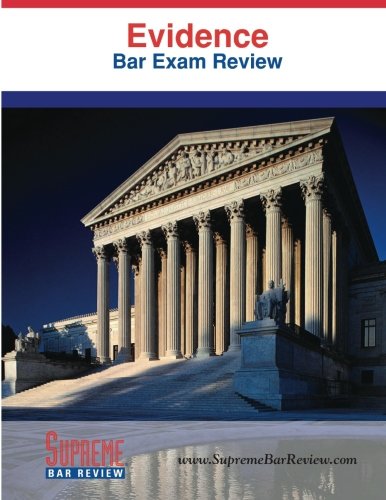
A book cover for Evidence: Bar Exam Review; Supreme Bar Review; Test Preparation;